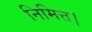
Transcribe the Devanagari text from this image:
निमित्त।